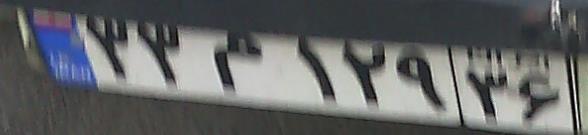
۳۳م۱۲۹۳۶